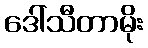
ဒေါ်သီတာမိုး